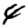
Digit: 4